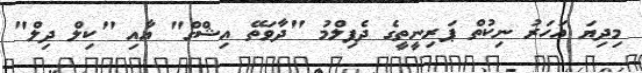
މިދިޔަ އަހަރު ނިކުތް ޕަރިނީތީގެ ދެފިލްމު "ދާވަތޭ އިޝްގް" އާއި "ކިލް ދިލް"